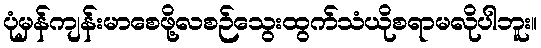
ပုံမှန်ကျန်းမာစေဖို့လစဉ်သွေးထွက်သံယိုစရာမလိုပါဘူး။